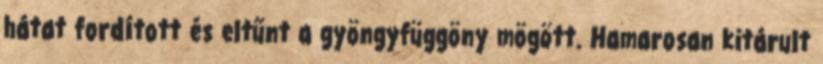
hátat fordított és eltűnt a gyöngyfüggöny mögött. Hamarosan kitárult